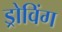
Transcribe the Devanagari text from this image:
ड्रोविंग